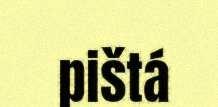
pištá